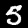
Label: 5